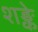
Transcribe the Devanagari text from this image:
शङ्के